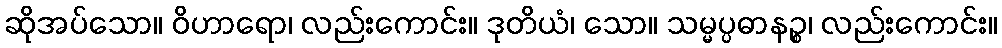
ဆိုအပ်သော။ ဝိဟာရော၊ လည်းကောင်း။ ဒုတိယံ၊ သော။ သမ္မပ္ပဓာနဉ္စ၊ လည်းကောင်း။